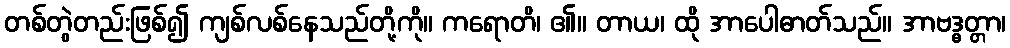
တစ်တွဲတည်းဖြစ်၍ ကျစ်လစ်နေသည်တို့ကို။ ကရောတိ၊ ၏။ တာယ၊ ထို အာပေါဓာတ်သည်။ အာဗဒ္ဓတ္တာ၊